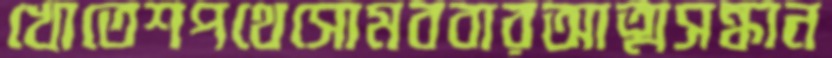
খোতেশপথেসোমববারআত্মসন্ধান